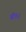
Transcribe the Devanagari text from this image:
बी१२